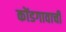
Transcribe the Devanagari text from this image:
कोंडगावाची